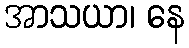
အာသယာ၊ နေ